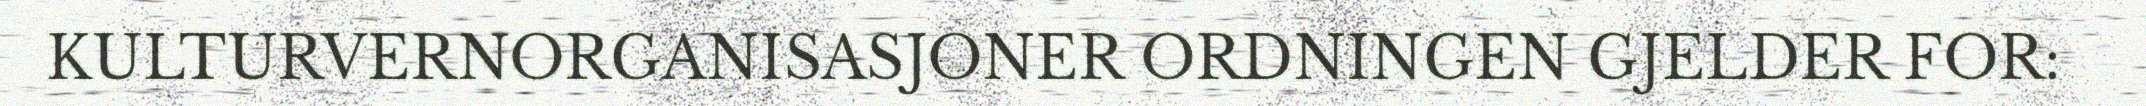
KULTURVERNORGANISASJONER ORDNINGEN GJELDER FOR: